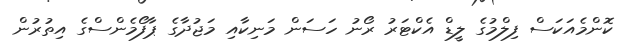
ކޮންމެއަކަސް ފިލްމުގެ ލީޑް އެކްޓަރު ރޯނު ހަސަން މަނިކާއި މަޖުދާގެ ޕާފޯމެންސްގެ އިތުރުން